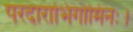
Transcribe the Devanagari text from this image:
परदाराभिगामिनः।